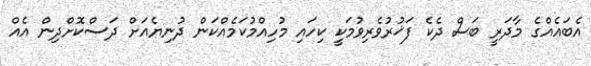
އެބައެއްގެ މާދަރީ ބަސް ދެކެ ފަޚުރުވެރިވުމަކީ ކިހައި މުހިއްމުކަމެއްކަން ދުނިޔެއަށް ދަސްކޮށްދިން އެއް